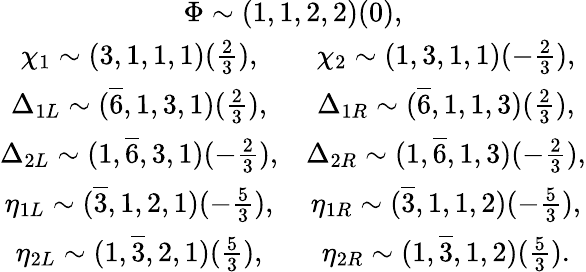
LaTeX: \begin{array}{c}{{\Phi\sim(1,1,2,2)(0),}}\\ {{\begin{array}{cc}{{\chi_{1}\sim(3,1,1,1)(\frac{2}{3}),}}&{{\chi_{2}\sim(1,3,1,1)(-\frac{2}{3}),}}\\ {{\Delta_{1L}\sim(\overline{{{6}}},1,3,1)(\frac{2}{3}),}}&{{\Delta_{1R}\sim(\overline{{{6}}},1,1,3)(\frac{2}{3}),}}\\ {{\Delta_{2L}\sim(1,\overline{{{6}}},3,1)(-\frac{2}{3}),}}&{{\Delta_{2R}\sim(1,\overline{{{6}}},1,3)(-\frac{2}{3}),}}\\ {{\eta_{1L}\sim(\overline{{{3}}},1,2,1)(-\frac{5}{3}),}}&{{\eta_{1R}\sim(\overline{{{3}}},1,1,2)(-\frac{5}{3}),}}\\ {{\eta_{2L}\sim(1,\overline{{{3}}},2,1)(\frac{5}{3}),}}&{{\eta_{2R}\sim(1,\overline{{{3}}},1,2)(\frac{5}{3}).}}\end{array}}}\end{array}